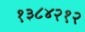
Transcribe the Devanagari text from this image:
१३८४२१२